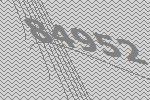
84952